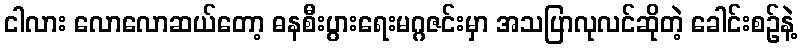
ငါလား လောလောဆယ်တော့ ဓနစီးပွားရေးမဂ္ဂဇင်းမှာ အသပြာလုလင်ဆိုတဲ့ ခေါင်းစဉ်နဲ့